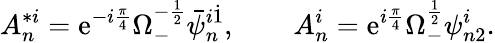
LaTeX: A_{n}^{*i}=\mathrm{e}^{-i{\frac{\pi}{4}}}\Omega_{-}^{-{\frac{1}{2}}}\bar{\psi}_{n}^{i\dot{1}},\qquad A_{n}^{i}=\mathrm{e}^{i{\frac{\pi}{4}}}\Omega_{-}^{{\frac{1}{2}}}\psi_{n2}^{i}.